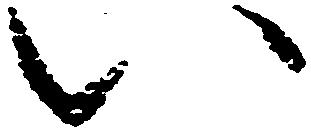
い